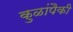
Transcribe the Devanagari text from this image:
कुळांपैकी